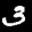
Label: 3